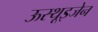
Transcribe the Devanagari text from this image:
ऊस्थूइजेन